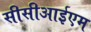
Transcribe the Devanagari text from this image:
सीसीआईएम